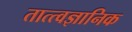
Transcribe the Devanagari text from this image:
तात्त्वज्ञानिक